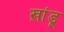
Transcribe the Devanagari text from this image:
ख़ांडू